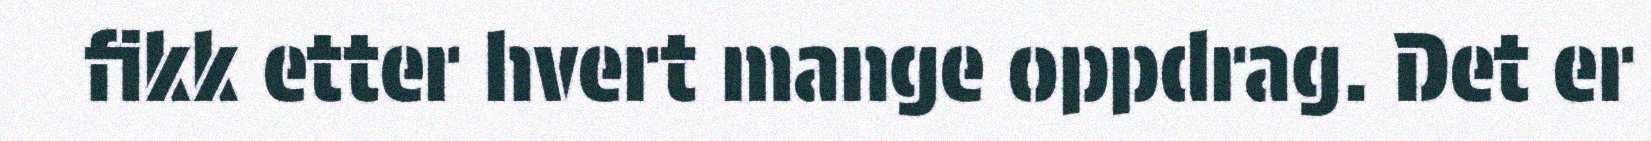
fikk etter hvert mange oppdrag. Det er